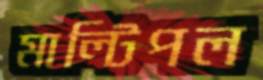
মাল্টিপল